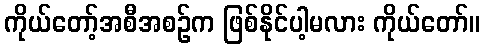
ကိုယ်တော့်အစီအစဉ်က ဖြစ်နိုင်ပါ့မလား ကိုယ်တော်။